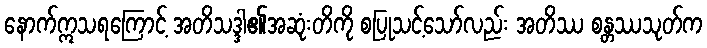
နောက်ဣသရကြောင့် အတိသဒ္ဒါ၏အဆုံးတိကို စပြုသင့်သော်လည်း အတိဿ စန္တဿသုတ်က